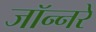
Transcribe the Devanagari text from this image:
जॉन्नरे